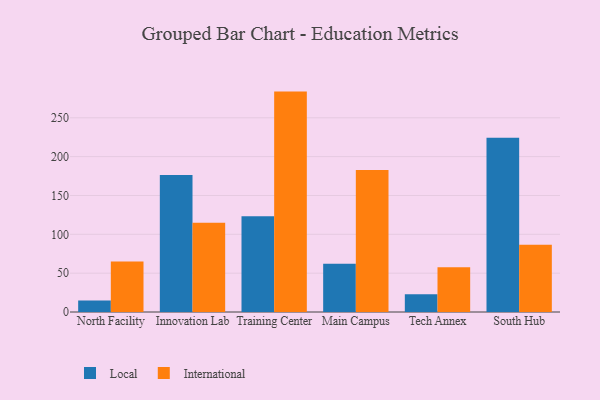
{"axis": {"x": "Campus", "y": "Operating Costs (USD K)"}, "legend": ["International", "Local"], "data": [{"x": "North Facility", "y": 14.9, "type": "Local"}, {"x": "North Facility", "y": 65.0, "type": "International"}, {"x": "Innovation Lab", "y": 176.5, "type": "Local"}, {"x": "Innovation Lab", "y": 115.0, "type": "International"}, {"x": "Training Center", "y": 123.3, "type": "Local"}, {"x": "Training Center", "y": 283.7, "type": "International"}, {"x": "Main Campus", "y": 62.0, "type": "Local"}, {"x": "Main Campus", "y": 182.7, "type": "International"}, {"x": "Tech Annex", "y": 22.9, "type": "Local"}, {"x": "Tech Annex", "y": 57.7, "type": "International"}, {"x": "South Hub", "y": 224.2, "type": "Local"}, {"x": "South Hub", "y": 86.5, "type": "International"}]}